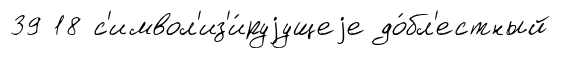
39 18 с'имвол'из'и́руjущеjе до́бл'естный